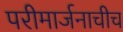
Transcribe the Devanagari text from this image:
परीमार्जनाचीच